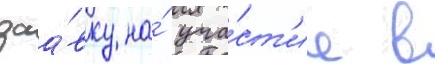
заа́вку на́ уча́ст'ие в